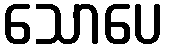
သောပေ